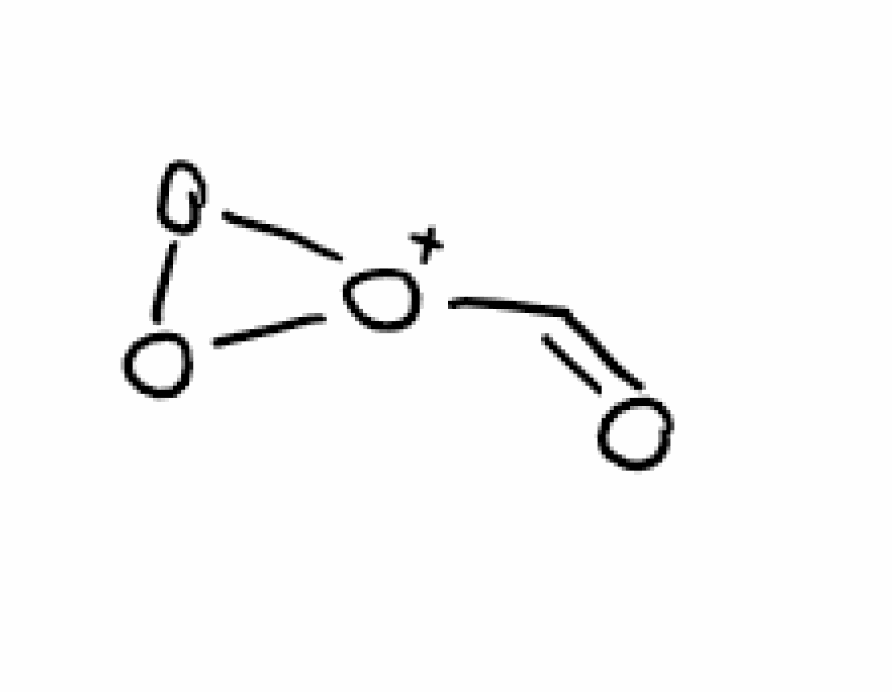
Simplified molecular-input line-entry system (SMILES) notation of the given molecule:
C(=O)[O+]1OO1